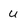
Character: u